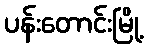
ပန်းတောင်းမြို့